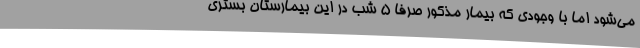
می‌شود اما با وجودی که بیمار مذکور صرفاً 5 شب در این بیمارستان بستری